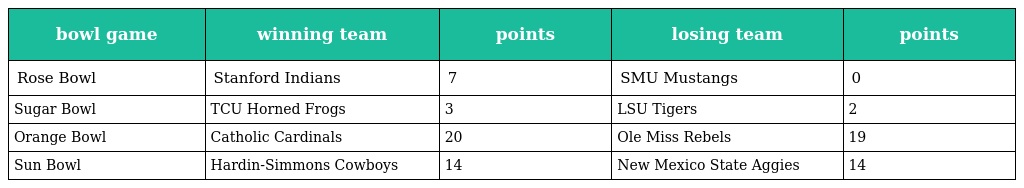
| bowl game | winning team | points | losing team | points |
 | --- | --- | --- | --- | --- |
 | Rose Bowl | Stanford Indians | 7 | SMU Mustangs | 0 |
 | Sugar Bowl | TCU Horned Frogs | 3 | LSU Tigers | 2 |
 | Orange Bowl | Catholic Cardinals | 20 | Ole Miss Rebels | 19 |
 | Sun Bowl | Hardin-Simmons Cowboys | 14 | New Mexico State Aggies | 14 |